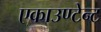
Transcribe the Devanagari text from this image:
एकाउण्टेन्ट